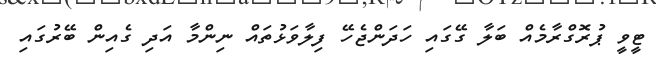
ޓީވީ ޕުރޮގްރާމެއް ބަލާ ގޭގައި ހަދަންޖެހޭ ފިލާވަޅުތައް ނިންމާ އަދި ގެއިން ބޭރުގައި